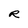
Character: R